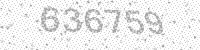
Solution: 636759